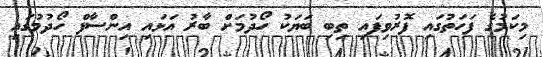
މިކަމުގެ ފަހަތުގައި ފޮރުވިފައި ތިބި ބަޔަކު ހޯދުމަށް ބާރު އަޅައި އިންސާފް ހޯދުމުގައި